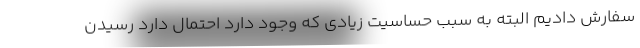
سفارش دادیم البته به سبب حساسیت زیادی که وجود دارد احتمال دارد رسیدن